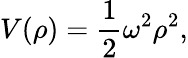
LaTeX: V(\rho)=\frac 12\omega^{2}\rho^{2},